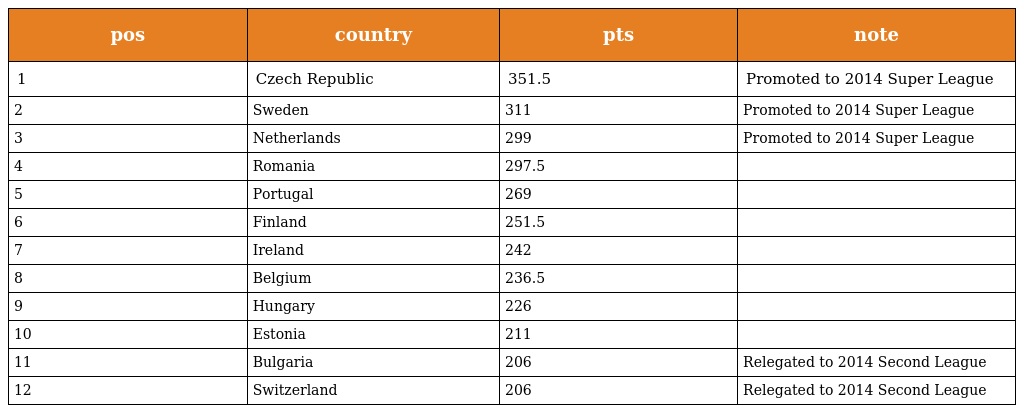
| pos | country | pts | note |
 | --- | --- | --- | --- |
 | 1 | Czech Republic | 351.5 | Promoted to 2014 Super League |
 | 2 | Sweden | 311 | Promoted to 2014 Super League |
 | 3 | Netherlands | 299 | Promoted to 2014 Super League |
 | 4 | Romania | 297.5 |  |
 | 5 | Portugal | 269 |  |
 | 6 | Finland | 251.5 |  |
 | 7 | Ireland | 242 |  |
 | 8 | Belgium | 236.5 |  |
 | 9 | Hungary | 226 |  |
 | 10 | Estonia | 211 |  |
 | 11 | Bulgaria | 206 | Relegated to 2014 Second League |
 | 12 | Switzerland | 206 | Relegated to 2014 Second League |